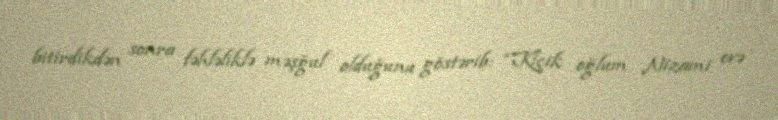
bitirdikdən sonra fəhləliklə məşğul olduğunu göstərib: “Kiçik oğlum Nizami evə